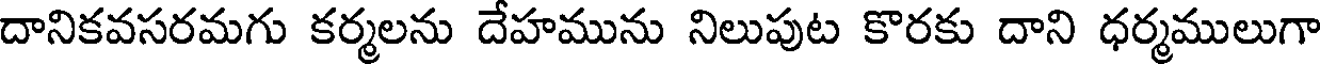
దానికవసరమగు కర్మలను దేహమును నిలుపుట కొరకు దాని ధర్మములుగా